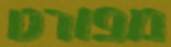
מפורט